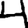
Digit: 4